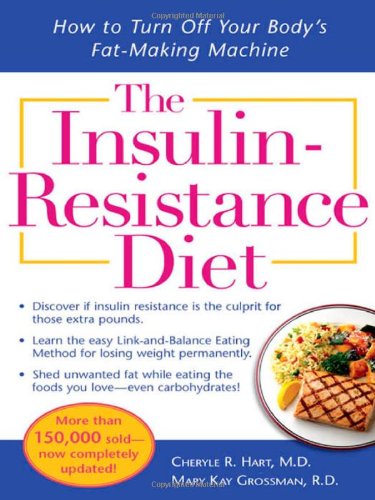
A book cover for The Insulin-Resistance Diet--Revised and Updated: How to Turn Off Your Body's Fat-Making Machine; Cheryle Hart; Health, Fitness & Dieting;